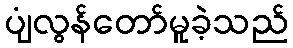
ပျံလွန်တော်မူခဲ့သည်